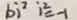
b i ^ { 2 } i ^ { 2 } = - 1